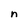
Character: n